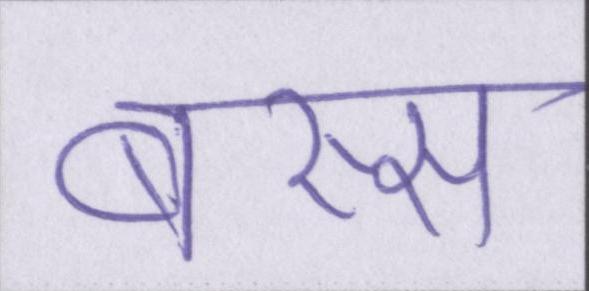
बस्स